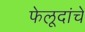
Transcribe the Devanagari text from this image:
फेलूदांचे